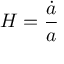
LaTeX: H = { \frac { \dot { a } } { a } }